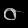
Digit: ၀